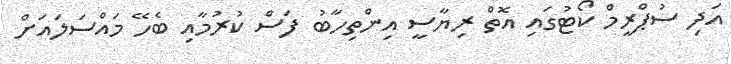
އަދި ސުޕްރީމް ކޯޓުގައި އޮތް ރިޔާސީ އިންތިހާބު ފަސް ކުރުމާއި ބެހޭ މައްސަލައަށް